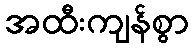
အထီးကျန်စွာ